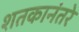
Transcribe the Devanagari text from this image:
शतकानंतरे